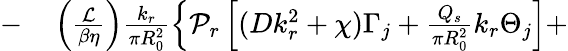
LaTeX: \begin{array}{rl}{-}&{{}\left(\frac{\mathcal{L}}{\beta\eta}\right)\frac{k_{r}}{\pi R_{0}^{2}}\left\{ \mathcal{P}_{r}\left[(Dk_{r}^{2}+\chi)\Gamma_{j}+\frac{Q_{s}}{\pi R_{0}^{2}}k_{r}\Theta_{j}\right]+\right.}\end{array}